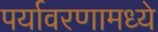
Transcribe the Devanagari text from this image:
पर्यावरणामध्ये